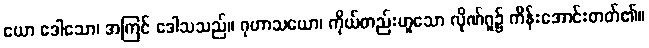
ယော ဒေါသော၊ အကြင် ဒေါသသည်။ ဂုဟာသယော၊ ကိုယ်တည်းဟူသော လိုဏ်ဂူ၌ ကိန်းအောင်းတတ်၏။